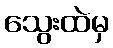
သွေးထဲမှ